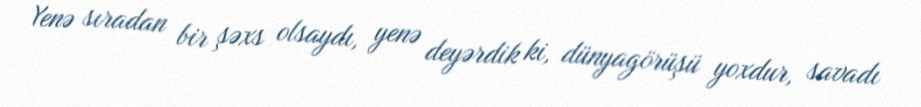
Yenə sıradan bir şəxs olsaydı, yenə deyərdik ki, dünyagörüşü yoxdur, savadı